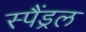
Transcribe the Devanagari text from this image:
स्पैंड्रल